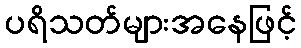
ပရိသတ်များအနေဖြင့်